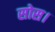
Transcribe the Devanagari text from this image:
सोस।